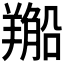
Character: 𦏂